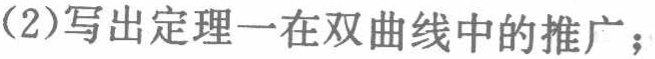
(2)写出定理一在双曲线中的推广；